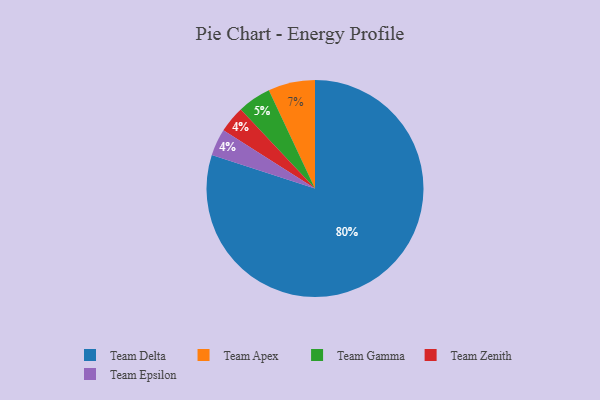
{"axis": {"x": "Category", "y": "Percentage"}, "legend": ["Team Apex", "Team Delta", "Team Epsilon", "Team Gamma", "Team Zenith"], "data": [{"x": "Team Zenith", "y": 4, "type": "Team Zenith"}, {"x": "Team Apex", "y": 7, "type": "Team Apex"}, {"x": "Team Delta", "y": 80, "type": "Team Delta"}, {"x": "Team Epsilon", "y": 4, "type": "Team Epsilon"}, {"x": "Team Gamma", "y": 5, "type": "Team Gamma"}]}